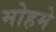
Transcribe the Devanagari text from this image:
मोहमे